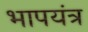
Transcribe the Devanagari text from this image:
भापयंत्र